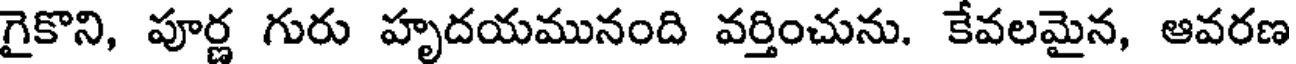
గైకొని, పూర్ణ గురు హృదయమునంది వర్తించును. కేవలమైన, ఆవరణ